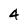
Character: 4